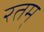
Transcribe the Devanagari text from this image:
रतम्